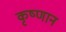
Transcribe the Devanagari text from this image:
कृष्णान